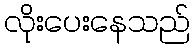
လိုးပေးနေသည်